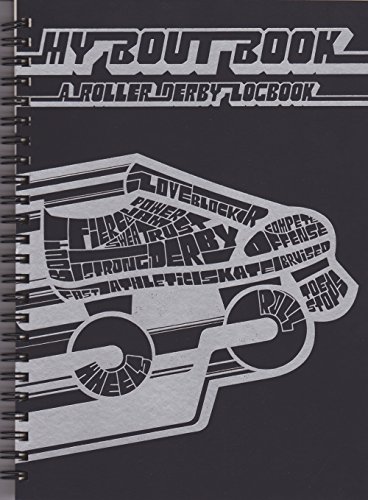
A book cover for My Bout Book: A Roller Derby Logbook; Dawn Deydey; Sports & Outdoors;